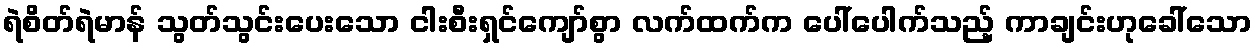
ရဲစိတ်ရဲမာန် သွတ်သွင်းပေးသော ငါးစီးရှင်ကျော်စွာ လက်ထက်က ပေါ်ပေါက်သည့် ကာချင်းဟုခေါ်သော